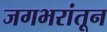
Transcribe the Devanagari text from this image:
जगभरांतून